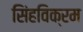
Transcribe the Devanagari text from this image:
सिंहविक्रम